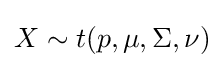
X\sim t(p,\mu ,\Sigma ,\nu )